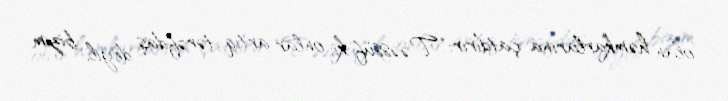
olan həmkarlarına çatdırır: “Təəssüf ki, onlar artıq tərəfdaş deyil, bizim